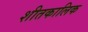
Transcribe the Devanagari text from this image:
शीतकालिक